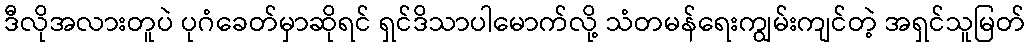
ဒီလိုအလားတူပဲ ပုဂံခေတ်မှာဆိုရင် ရှင်ဒိသာပါမောက်လို့ သံတမန်ရေးကျွမ်းကျင်တဲ့ အရှင်သူမြတ်